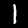
Label: 1